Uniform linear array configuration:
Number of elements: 24
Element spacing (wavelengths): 0.5
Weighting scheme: uniform
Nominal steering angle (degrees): -30
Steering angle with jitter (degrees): -31.342
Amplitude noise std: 0.05
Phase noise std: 0.05

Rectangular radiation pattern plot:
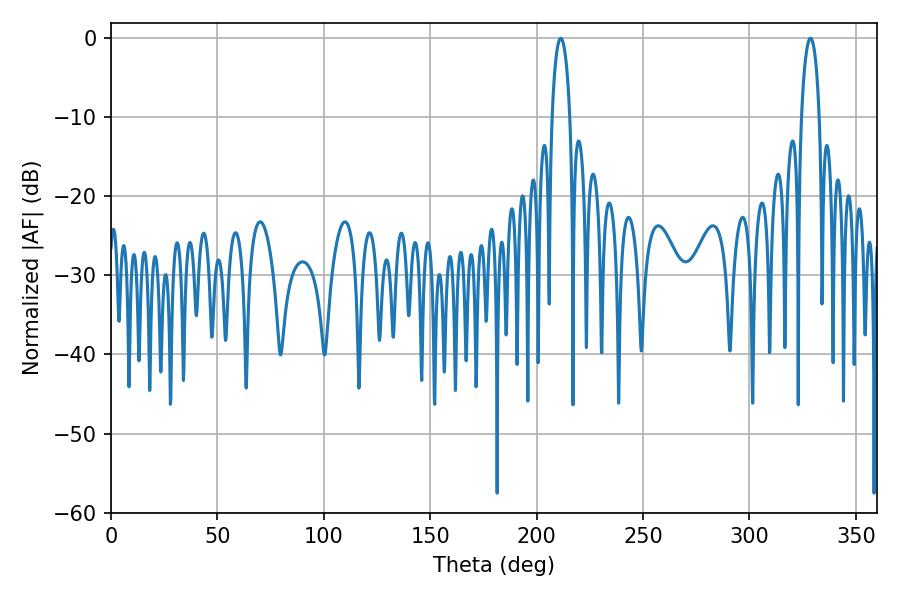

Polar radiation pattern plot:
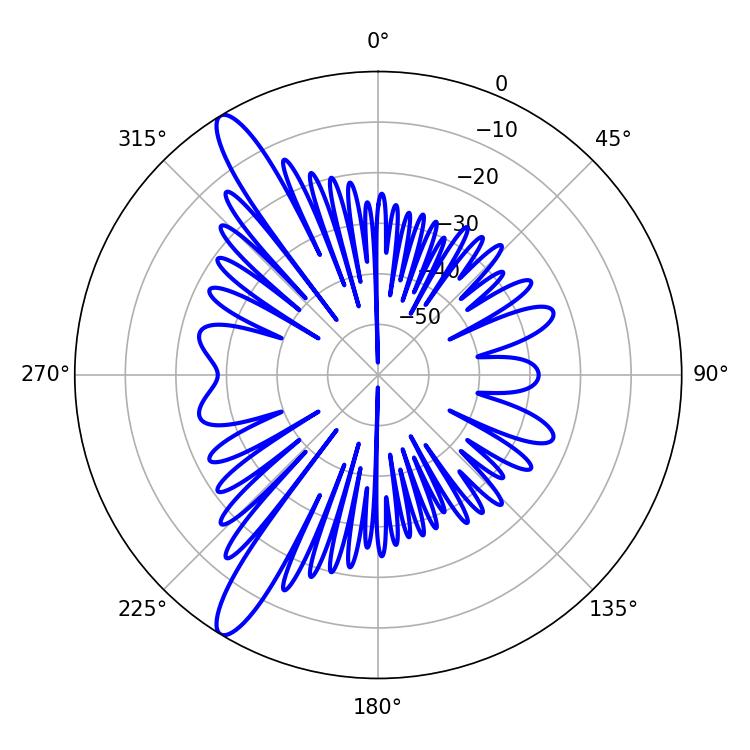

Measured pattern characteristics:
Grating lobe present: FALSE
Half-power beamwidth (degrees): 4.68
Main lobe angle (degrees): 211.32